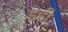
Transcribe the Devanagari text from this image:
इड़ी